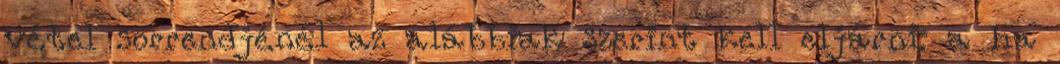
vétel sorrendjénél az alábbiak szerint kell eljárni: a ha